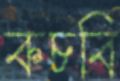
কচবি